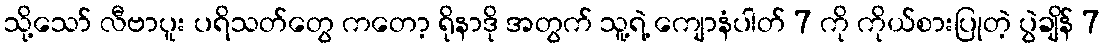
သို့သော် လီဗာပူး ပရိသတ်တွေ ကတော့ ရိုနာဒို အတွက် သူ့ရဲ့ ကျောနံပါတ် 7 ကို ကိုယ်စားပြုတဲ့ ပွဲချိန် 7